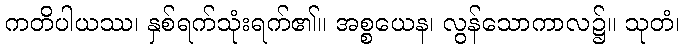
ကတိပါယဿ၊ နှစ်ရက်သုံးရက်၏။ အစ္စယေန၊ လွန်သောကာလ၌။ သုတံ၊